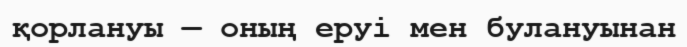
қорлануы — оның еруі мен булануынан